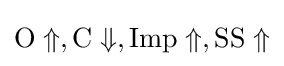
{\rm {O}}\Uparrow ,{\rm {C}}\Downarrow ,{\rm {Imp}}\Uparrow ,{\rm {SS}}\Uparrow